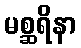
မစ္ဆရိနာ